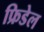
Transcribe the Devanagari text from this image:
फ्रिडेल